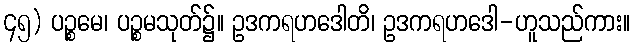
၄၅) ပဉ္စမေ၊ ပဉ္စမသုတ်၌။ ဥဒကရဟဒေါတိ၊ ဥဒကရဟဒေါ-ဟူသည်ကား။